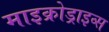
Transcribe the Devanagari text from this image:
माइक्रोड्राइव्स